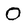
Character: O